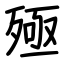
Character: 殛